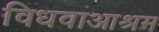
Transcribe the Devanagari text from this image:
विधवाआश्रम